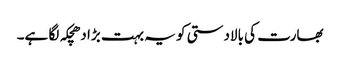
بھارت کی بالادستی کو یہ بہت بڑا دھچکہ لگا ہے۔